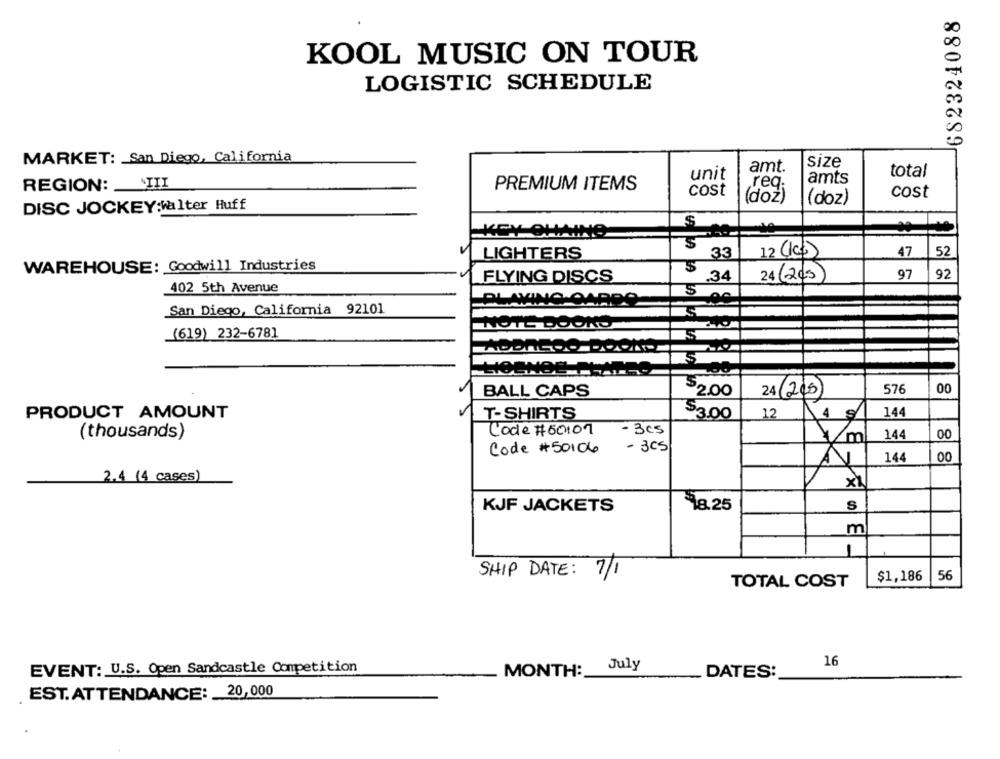
682324088
KOOL MUSIC ON TOUR
LOGISTIC SCHEDULE
MARKET: San Diego, California
size
amt.
total
unit
amts
REGION: _ III
PREMIUM ITEMS
req.
cost
(doz)
cost
(doz)
DISC JOCKEY:walter Huff
S
-KEY CHAINO
LIGHTERS
33
12 (10)
47
52
WAREHOUSE: Goodwill Industries
92
FLYING DISCS
34
24 (205)
97
402 5th Avenue
5
PLAYING CARDS
San Diego, California 92101
NOTE BOOKS
(619) 232-6781
00
BALL CAPS
$200
24 (205)
576
PRODUCT AMOUNT
T-SHIRTS
$3.00
12
144
Code # 50107
- 3cs
(thousands)
144
00
- 3CS
Code # 50106
144
00
2.4 (4 cases)
KJF JACKETS
18.25
S
m
1
SHIP DATE: 7/1
$1,186
56
TOTAL COST
MONTH: July
16
EVENT: U.S. Open Sandcastle Competition
DATES:
. EST. ATTENDANCE: 20,000